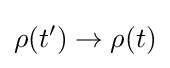
\rho (t')\rightarrow \rho (t)